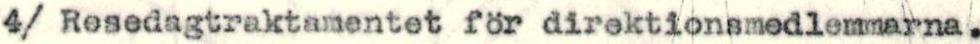
4/ Resedagtraktamentet för direktionsmedlemmarna.